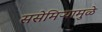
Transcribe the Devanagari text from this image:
ससेमिऱ्यामुळे